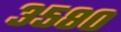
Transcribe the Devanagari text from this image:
३५८०